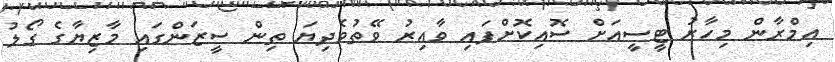
އިމްރާން މިހާރު ޓީސީއަށް ސޮއިކޮށްފައި ވާއިރު ވޭތުވެދިޔަ ތިން ސީޒަންގައި މާޒިޔާގެ ގޯލު